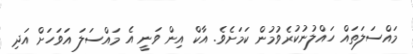
މައްސަލަތައް ހައްލުނުކުރެވުމުން ކަމަށެވެ. އާކް އިން ވަނީ އެ މައްސަލަ އަވަހަށް އަދި